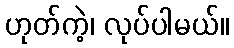
ဟုတ်ကဲ့၊ လုပ်ပါမယ်။